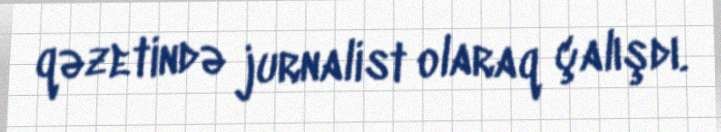
qəzetində jurnalist olaraq çalışdı.